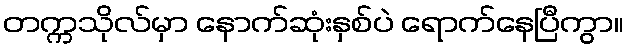
တက္ကသိုလ်မှာ နောက်ဆုံးနှစ်ပဲ ရောက်နေပြီကွာ။